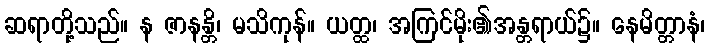
ဆရာတို့သည်။ န ဇာနန္တိ၊ မသိကုန်။ ယတ္ထ၊ အကြင်မိုး၏အန္တရာယ်၌။ နေမိတ္တာနံ၊